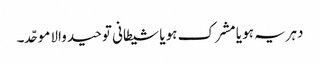
دہریہ ہو یا مشرک ہو یا شیطانی توحید والا موحّد۔